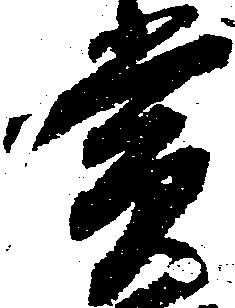
賞